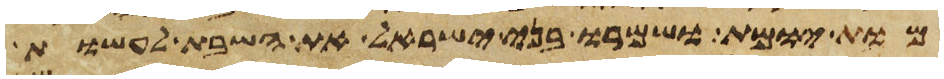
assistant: מות יומת ושמרו בני ישראל את השבת לעשות